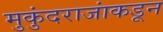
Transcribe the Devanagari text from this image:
मुकुंदराजांकडून